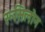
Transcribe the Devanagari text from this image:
रूसिलोन